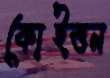
কোইত্তন